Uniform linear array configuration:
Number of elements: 64
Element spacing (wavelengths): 0.5
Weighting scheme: exponential
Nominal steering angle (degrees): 30
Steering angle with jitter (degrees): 28.705
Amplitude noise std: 0.05
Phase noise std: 0.05

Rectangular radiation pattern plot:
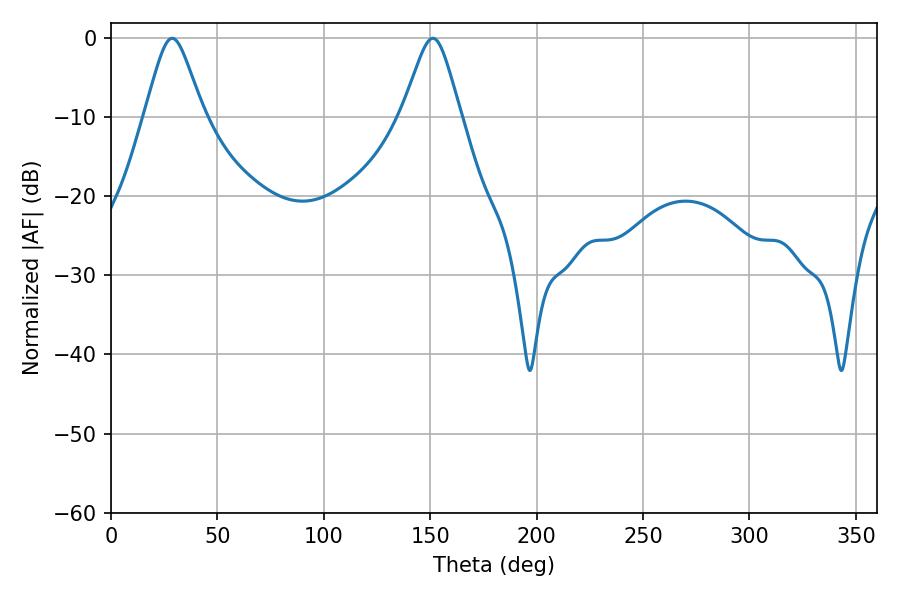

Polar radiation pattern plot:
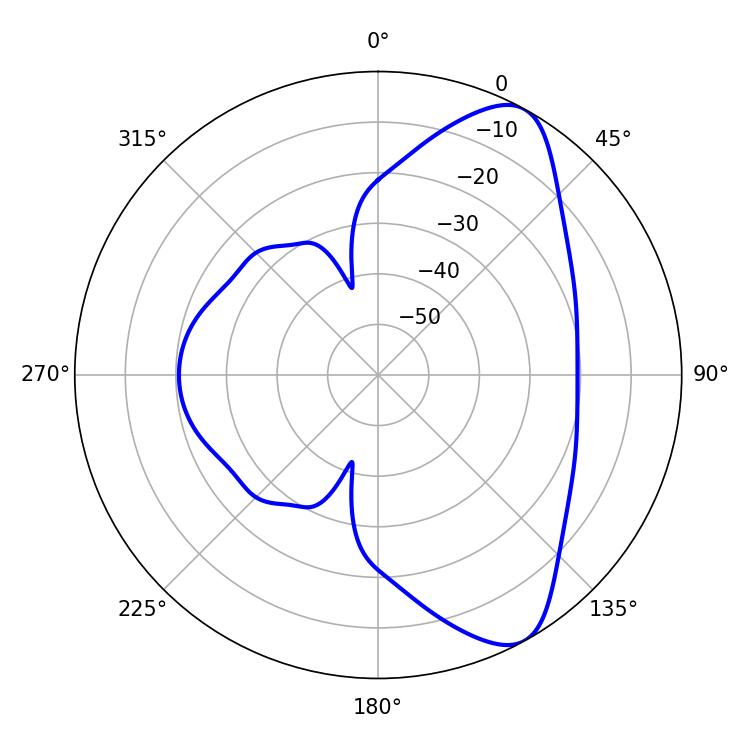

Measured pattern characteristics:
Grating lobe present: FALSE
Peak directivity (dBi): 8.486
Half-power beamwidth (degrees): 13.14
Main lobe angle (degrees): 28.8